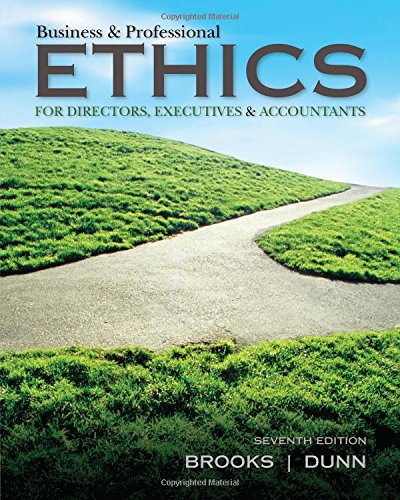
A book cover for Business & Professional Ethics; Leonard J. Brooks; Business & Money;